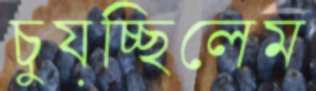
চুয়চ্ছিলেম